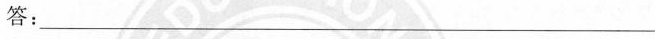
答：___